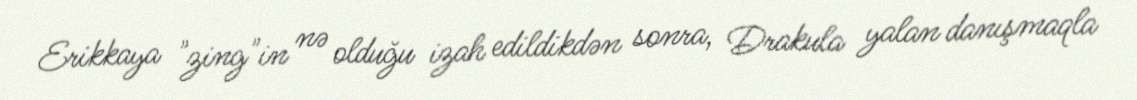
Erikkaya "zing"in nə olduğu izah edildikdən sonra, Drakula yalan danışmaqla